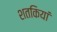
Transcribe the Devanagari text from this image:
शतकियां